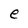
Character: e